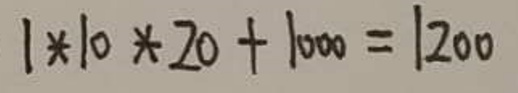
\[
1 * 10 * 20+1000 = 1200
\]